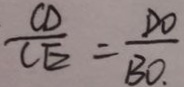
\frac { C D } { C E } = \frac { D O } { B O . }